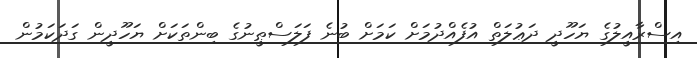
އިސްރާއީލުގެ ޔަހޫދީ ދަޢުލަތް އުފެއްދުމަށް ކަމަށް ބުނެ ފަލަސްޠީނުގެ ބިންތަކަށް ޔަހޫދީން ގަދަކަމުން